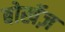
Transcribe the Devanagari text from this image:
बोर्खेज़